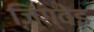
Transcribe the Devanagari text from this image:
जिंग्वेइ